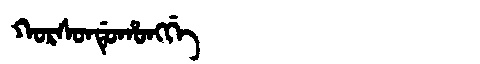
Manchu: ᡴᠣᡵᠰᠣᠨᡩᡠᡥᠣᠩᡤᡝ
Romanization: KORSONDUHONGGE